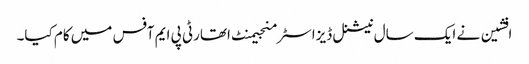
افشین نے ایک سال نیشنل ڈیزاسٹر منجیمنٹ اتھارٹی پی ایم آفس میں کام کیا۔